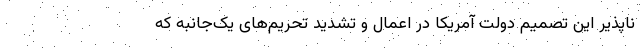
ناپذیر این تصمیم دولت آمریکا در اعمال و تشدید تحریم‌های یک‌جانبه که